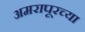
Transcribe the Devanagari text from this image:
अमरापूरच्या